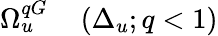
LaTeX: \begin{array}{rl}{\Omega_{u}^{qG}}&{{}\left(\Delta_{u};q<1\right)}\end{array}